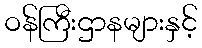
ဝန်ကြီးဌာနများနှင့်